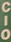
CIO